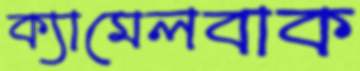
ক্যামেলবাক